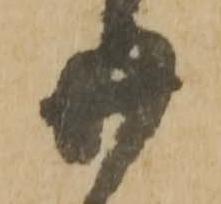
廿